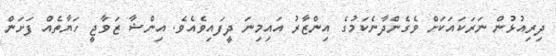
ދިރިއުޅުން ނަރަކައަކަށް ވެގެންދާނެކަމުގެ އިންޒާރު އައިމިނަ ދީފައިވެއެވެ. އިންޝާ ޒަވާޖީ ހަޔާތެއް ފަށަން